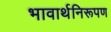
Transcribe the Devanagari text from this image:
भावार्थनिरूपण